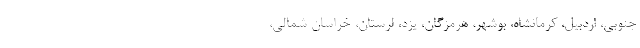
جنوبی، اردبیل، کرمانشاه، بوشهر، هرمزگان، یزد، لرستان، خراسان شمالی،